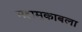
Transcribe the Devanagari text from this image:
महामुकाबला